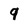
Character: q